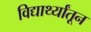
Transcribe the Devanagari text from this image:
विद्यार्थ्यांतून